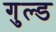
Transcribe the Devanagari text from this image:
गुल्ड